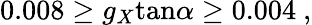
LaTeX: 0.008\ge g_{X}\mathrm{tan}\alpha\ge 0.004~,